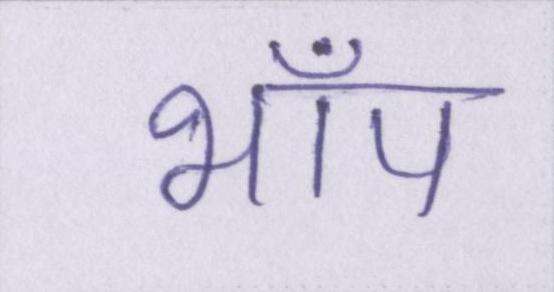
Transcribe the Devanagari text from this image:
भाँप